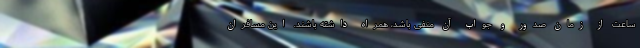
ساعت از زمان صدور و جواب آن منفی باشد، همراه داشته باشند. این مسافران